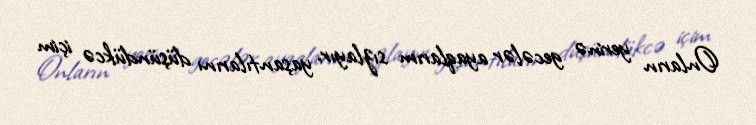
Onların yerinə gecələr ayaqlarım sızlayır, yaşantılarını düşündükcə içim